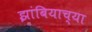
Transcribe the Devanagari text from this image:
झांबियाच्या